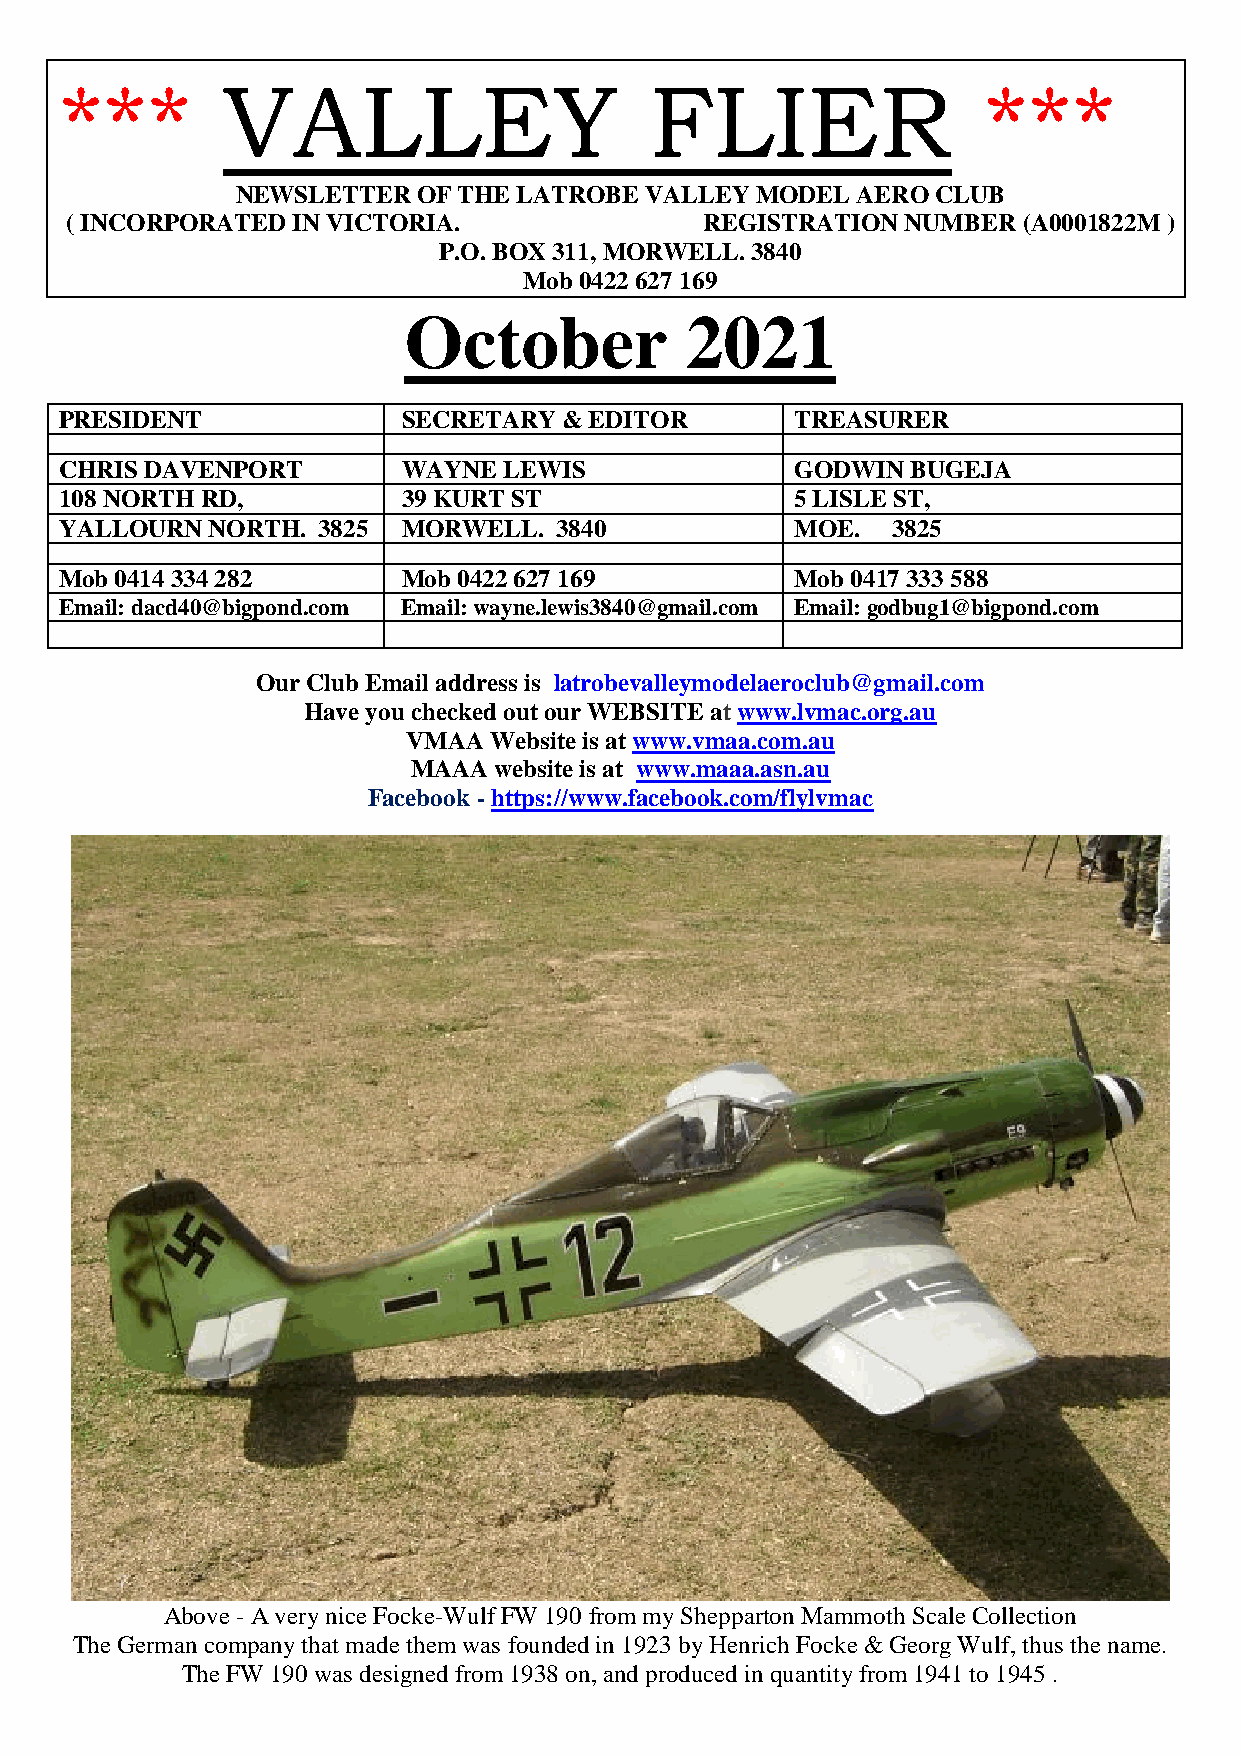
***        VALLEY                      FLIER                 ***
 NEWSLETTER  OF THE LATROBE VALLEY MODEL  AERO CLUB
 ( INCORPORATED IN VICTORIA.                REGISTRATION NUMBER  (A0001822M )
 P.O. BOX 311, MORWELL. 3840
 Mob 0422 627 169
 October           2021
 PRESIDENT              SECRETARY & EDITOR        TREASURER
 CHRIS DAVENPORT        WAYNE LEWIS               GODWIN BUGEJA
 108 NORTH RD,          39 KURT ST                5 LISLE ST,
 YALLOURN  NORTH. 3825  MORWELL.  3840            MOE.  3825
 Mob 0414 334 282       Mob 0422 627 169          Mob 0417 333 588
 Email: dacd40@bigpond.com Email: wayne.lewis3840@gmail.com Email: godbug1@bigpond.com
 Our Club Email address is latrobevalleymodelaeroclub@gmail.com
 Have you checked out our WEBSITE at www.lvmac.org.au
 VMAA Website is at www.vmaa.com.au
 MAAA  website is at www.maaa.asn.au
 Facebook - https://www.facebook.com/flylvmac
 Above - A very nice Focke-Wulf FW 190 from my Shepparton Mammoth Scale Collection
 The German company that made them was founded in 1923 by Henrich Focke & Georg Wulf, thus the name.
 The FW 190 was designed from 1938 on, and produced in quantity from 1941 to 1945 .